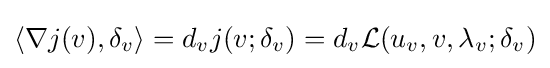
\langle \nabla j(v),\delta _{v}\rangle =d_{v}j(v;\delta _{v})=d_{v}{\mathcal {L}}(u_{v},v,\lambda _{v};\delta _{v})